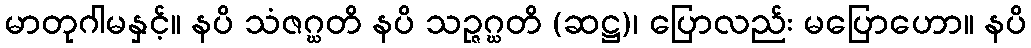
မာတုဂါမနှင့်။ နပိ သံဇဂ္ဃတိ နပိ သဉ္ဇဂ္ဃတိ (ဆဋ္ဌ)၊ ပြောလည်း မပြောဟော။ နပိ